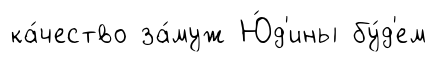
ка́чество за́муж Ю́д'ины бу́д'ем